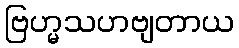
ဗြဟ္မသဟဗျတာယ